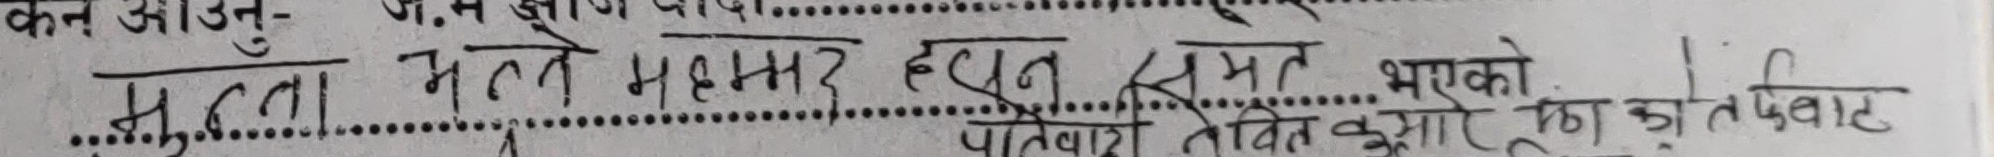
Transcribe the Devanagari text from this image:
सुन्तला मलेख महम्मद हुसेन समेत भएको।
पतिवंश त्वरित कुमार रण झोत्नेवाङ